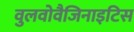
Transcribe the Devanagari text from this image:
वुलवोवैजिनाइटिस